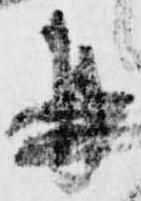
并